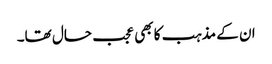
ان کے مذہب کا بھی عجب حال تھا۔